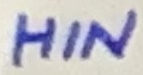
Text: HIN